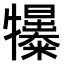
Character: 𤜌